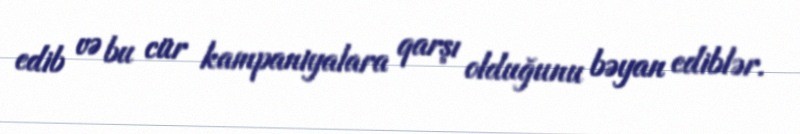
edib və bu cür kampaniyalara qarşı olduğunu bəyan ediblər.